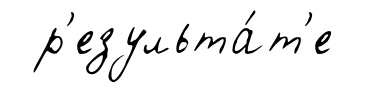
р'езульта́т'е